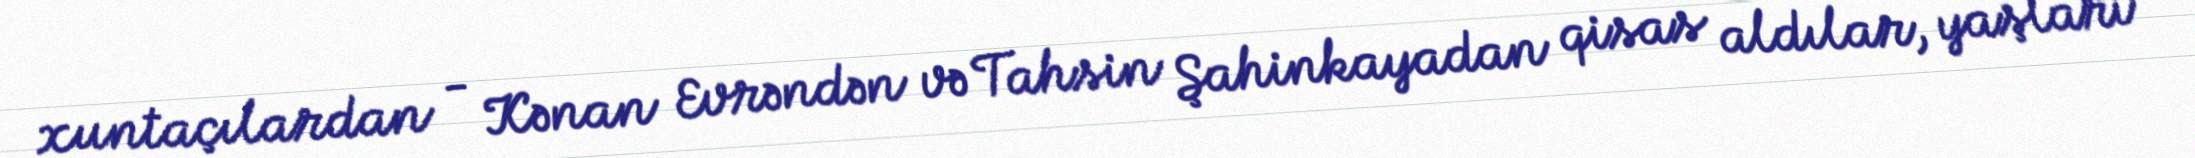
xuntaçılardan - Kənan Evrəndən və Tahsin Şahinkayadan qisas aldılar, yaşları